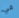
في